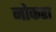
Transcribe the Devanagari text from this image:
नोकरा